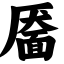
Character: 靥